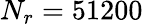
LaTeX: N_{r}=51200